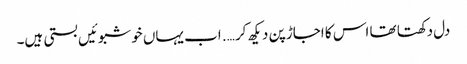
دل دکھتا تھا اس کا اجاڑ پن دیکھ کر …. اب یہاں خوشبوئیں بستی ہیں۔